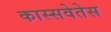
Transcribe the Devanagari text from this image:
कास्सवेतेस